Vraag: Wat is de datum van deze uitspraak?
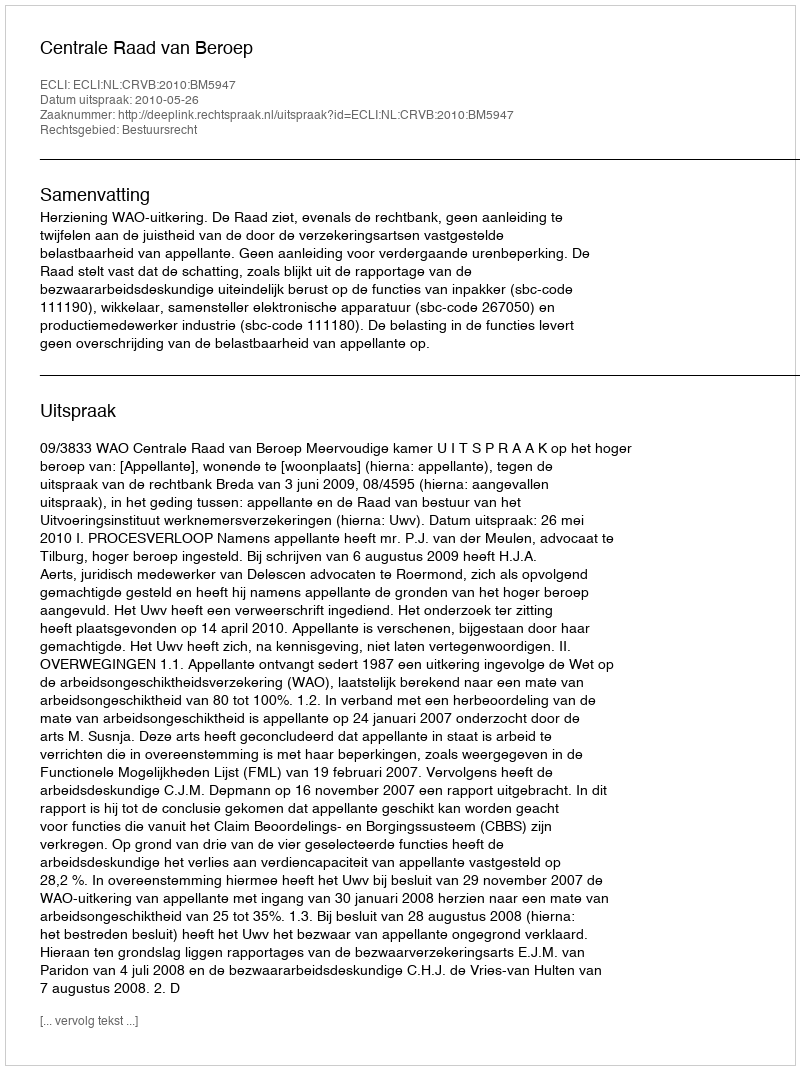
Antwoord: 2010-05-26